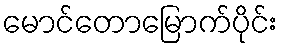
မောင်တောမြောက်ပိုင်း